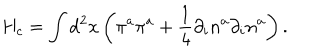
H _ { c } = \int \mathrm { d } ^ { 2 } x \left( \pi ^ { a } \pi ^ { a } + \frac { 1 } { 4 } \partial _ { i } n ^ { a } \partial _ { i } n ^ { a } \right) .